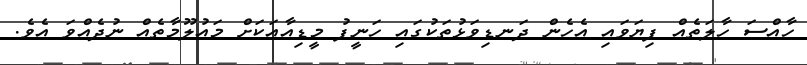
ހާއްސަ ހާލަތެއް ފިޔަވައި އެހެން ދަނޑިވަޅުތަކުގައި ހަނީފު މީޑިއާއަކަށް މައުލޫމާތެއް ނުދެއްވަ އެވެ.